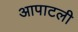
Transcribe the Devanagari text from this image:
आपाटली